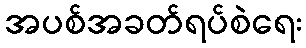
အပစ်အခတ်ရပ်စဲရေး